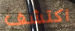
اكتشف